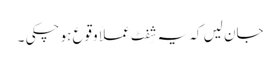
جان لیں کہ یہ شِفٹ عملاً وقوع ہو چکی ۔